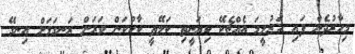
މިހާރުދެން ފައި ހަރުލީމަ އެއްޗެކޭ ކިޔަނީތި ކަލޭތީ ކާކުކަން ވަރަށް ރަނގަޅަށް އިނގޭ